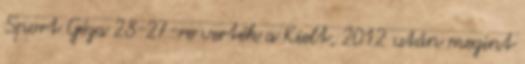
Sport Géza 28-27-re verték a Kielt, 2012 után megint